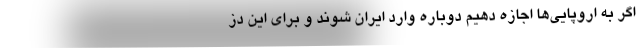
اگر به اروپایی‌ها اجازه دهیم دوباره وارد ایران شوند و برای این دز